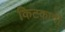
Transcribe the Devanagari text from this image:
किटकाची